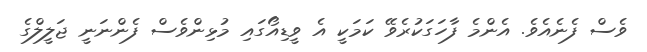
ވެސް ފެނެއެވެ. އެންމެ ފާހަގަކުރެވޭ ކަމަކީ އެ ވީޑިއޯގައި މުޅިންވެސް ފެންނަނީ ޖަލީލްގެ